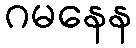
ဂမနေန